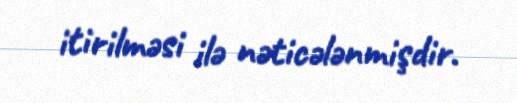
itirilməsi ilə nəticələnmişdir.